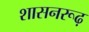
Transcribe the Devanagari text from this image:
शासनरूढ़